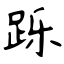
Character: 跞